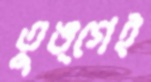
তুঙ্গেই